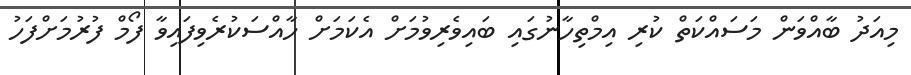
މިއަދު ބާއްވަން މަސައްކަތް ކުރި އިމްތިހާނުގައި ބައިވެރިވުމަށް އެކަމަށް ހާއްސަކުރެވިފައިވާ ފޯމް ފުރުމަށްފަހު